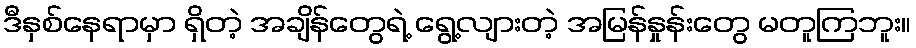
ဒီနှစ်နေရာမှာ ရှိတဲ့ အချိန်တွေရဲ့ ရွေ့လျားတဲ့ အမြန်နှုန်းတွေ မတူကြဘူး။